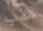
عذب